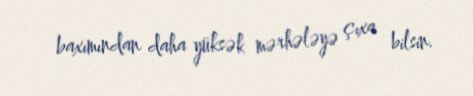
baxımından daha yüksək mərhələyə çıxa bilsin.